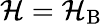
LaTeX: \mathcal{H}=\mathcal{H}_{\mathrm{B}}